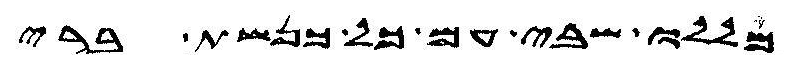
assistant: מללו שבי עם כל כנשת ברי